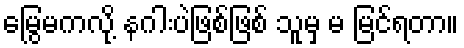
မြွေမကလို့ နဂါးပဲဖြစ်ဖြစ် သူမှ မ မြင်ရတာ။